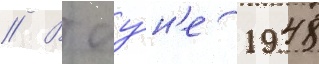
// В иу́н'е 1948